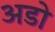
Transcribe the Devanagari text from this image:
अडो